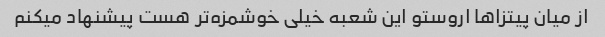
از میان پیتزاها اروستو این شعبه خیلی خوشمزه‌تر هست پیشنهاد میکنم